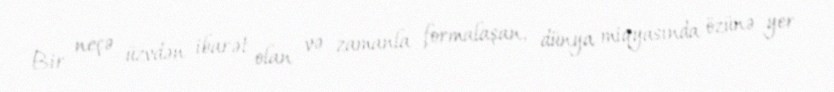
Bir neçə üzvdən ibarət olan və zamanla formalaşan, dünya miqyasında özünə yer